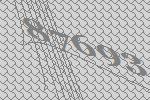
87693